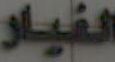
الغيار